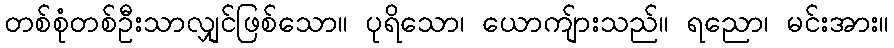
တစ်စုံတစ်ဦးသာလျှင်ဖြစ်သော။ ပုရိသော၊ ယောကျ်ားသည်။ ရညော၊ မင်းအား။